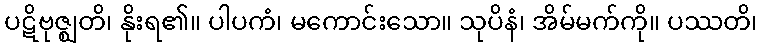
ပဋိဗုဇ္ဈတိ၊ နိုးရ၏။ ပါပကံ၊ မကောင်းသော။ သုပိနံ၊ အိမ်မက်ကို။ ပဿတိ၊